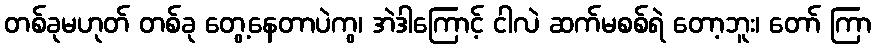
တစ်ခုမဟုတ် တစ်ခု တွေ့နေတာပဲကွ၊ အဲဒါကြောင့် ငါလဲ ဆက်မစစ်ရဲ တော့ဘူး၊ တော် ကြာ